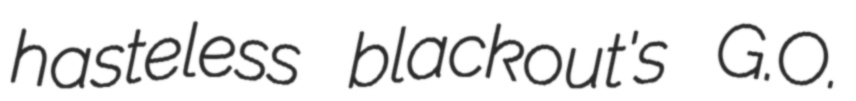
hasteless blackout's G.O.